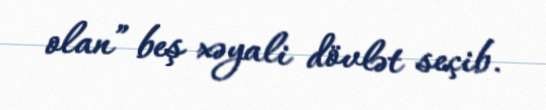
olan” beş xəyali dövlət seçib.